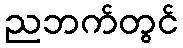
ညဘက်တွင်